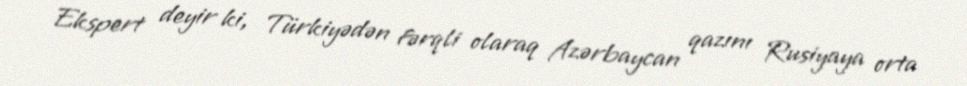
Ekspert deyir ki, Türkiyədən fərqli olaraq Azərbaycan qazını Rusiyaya orta